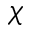
\chi